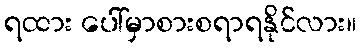
ရထား ပေါ်မှာစားစရာရနိုင်လား။